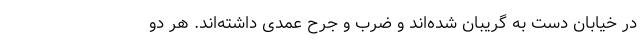
در خیابان دست به گریبان شده‌اند و ضرب و جرح عمدی داشته‌اند. هر دو